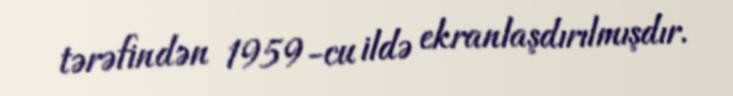
tərəfindən 1959-cu ildə ekranlaşdırılmışdır.